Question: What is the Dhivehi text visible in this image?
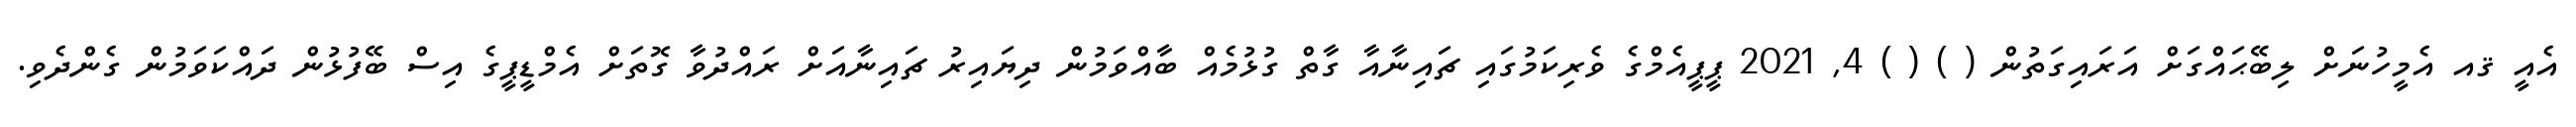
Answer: އެއީ ޤއ އެމީހުނަށް ލިބޭޙައްގަށް އަރައިގަތުން ( ) ( ) 4, 2021 ޕީޕީއެމްގެ ވެރިކަމުގައި ޗައިނާއާ ގާތް ގުޅުމެއް ބާއްވަމުން ދިޔައިރު ޗައިނާއަށް ރައްދުވާ ގޮތަށް އެމްޑީޕީގެ އިސް ބޭފުޅުން ދައްކަވަމުން ގެންދެވި.